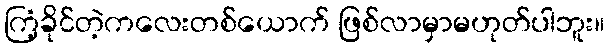
ကြံ့ခိုင်တဲ့ကလေးတစ်ယောက် ဖြစ်လာမှာမဟုတ်ပါဘူး။